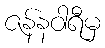
ဇန်နဝါရီမှ